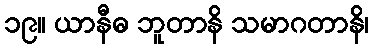
၁၉။ ယာနီဓ ဘူတာနိ သမာဂတာနိ၊